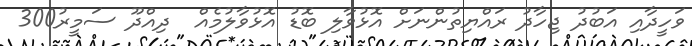
ވަހީދާއި އަބުދު ޖިހާދު ރައްޔިތުންނަށް އޮޅުވާލި ބޮޑު އޮޅުވާލުމެއް  ދިއްދޫ ސަމީރު300